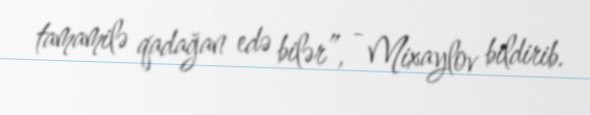
tamamilə qadağan edə bilər”, - Mixaylov bildirib.